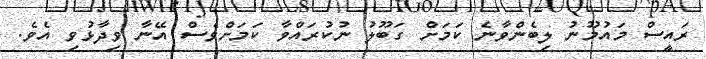
ރައީސް މައުމޫނު ލިބެންވާނެ ކަމަށް ގަބޫލު ނުކުރައްވާ ކަމަށްވެސް އޭނާ ވިދާޅުވި އެވެ.